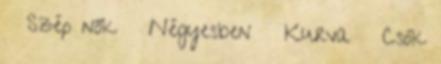
▪ Szép nők ▪ Négyesben ▪ Kurva ▪ Csók